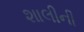
શાલીની